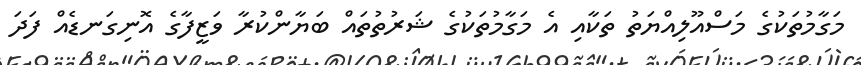
މަގާމުތަކުގެ މަސްއޫލިއްޔަތު ތަކާއި އެ މަގާމުތަކުގެ ޝަރުތުތައް ބަޔާންކުރާ ވަޒީފާގެ އޮނިގަނޑެއް ފަދަ